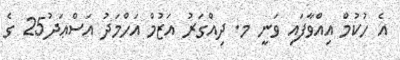
އެ ހުކުމް އިއްވާފައި ވަނީ މ. ދިއްގަރު އަޒުމް އަހްމަދު އަސްޢަދު25 ގެ